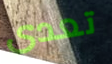
تعدى